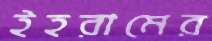
ইহরামের